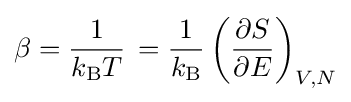
\beta ={\frac {1}{k_{\rm {B}}T}}\,={\frac {1}{k_{\rm {B}}}}\left({\frac {\partial S}{\partial E}}\right)_{V,N}